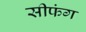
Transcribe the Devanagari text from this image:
सीफंग